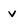
Character: v